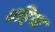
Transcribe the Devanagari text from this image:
ग्रहिया